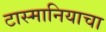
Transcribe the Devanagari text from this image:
टास्मानियाचा